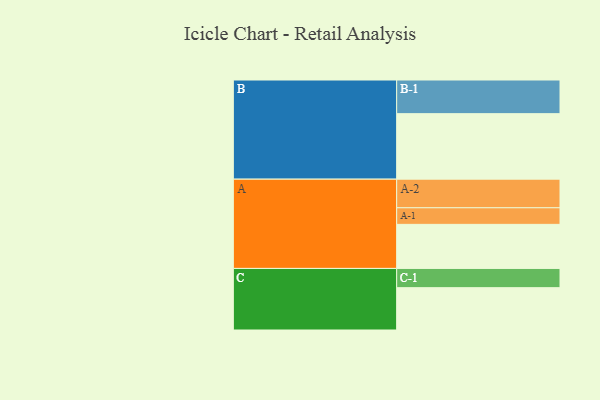
{"axis": {"x": "Segment", "y": "Value"}, "legend": ["", "A", "B", "C"], "data": [{"x": "A", "y": 382, "type": ""}, {"x": "B", "y": 568, "type": ""}, {"x": "C", "y": 367, "type": ""}, {"x": "A-1", "y": 144, "type": "A"}, {"x": "A-2", "y": 248, "type": "A"}, {"x": "B-1", "y": 292, "type": "B"}, {"x": "C-1", "y": 167, "type": "C"}]}